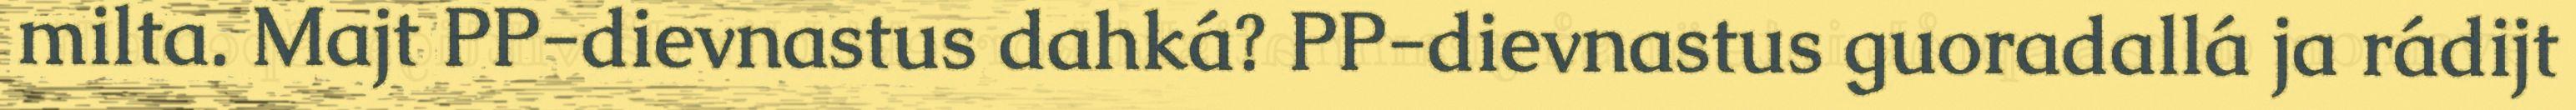
milta. Majt PP-dievnastus dahká? PP-dievnastus guoradallá ja rádijt